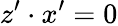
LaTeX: z^{\prime}\cdot x^{\prime}=0